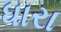
ધારા